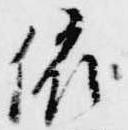
依